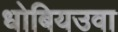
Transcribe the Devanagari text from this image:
धोबियउवा